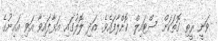
ވަނީ ރީތި ގޮތަކަށް ސްޓައިލް ކޮށްލާފައެވެ. އަދި ލޮލުގައި އަޅާފައިވާ އަވި އައިނުގެ